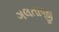
ગલતાજી